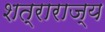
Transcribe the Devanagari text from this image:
शत्राराज्य